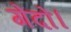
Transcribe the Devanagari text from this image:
गेंदों।